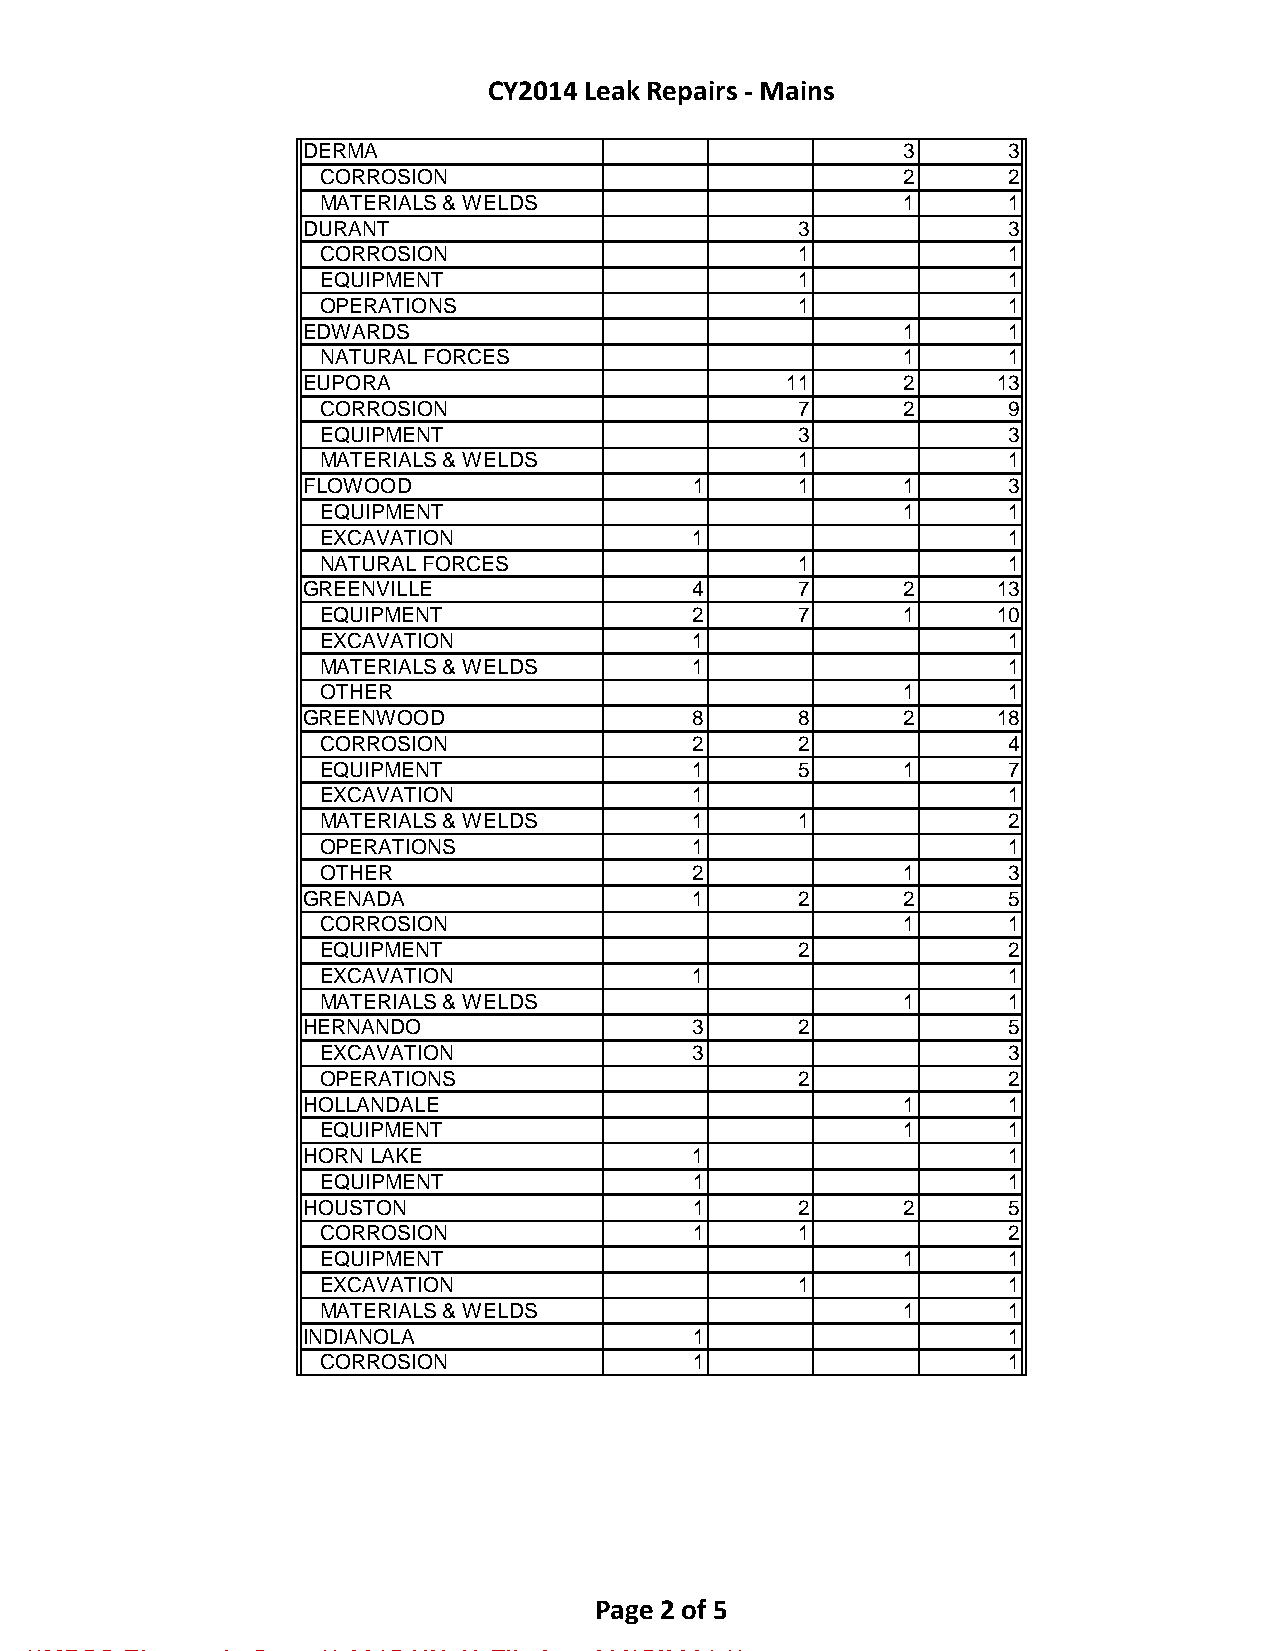
CY2014 Leak Repairs - Mains
 DERMA                                  3      3
 CORROSION                             2      2
 MATERIALS & WELDS                     1      1
 DURANT                          3             3
 CORROSION                      1             1
 EQUIPMENT                      1             1
 OPERATIONS                     1             1
 EDWARDS                                1      1
 NATURAL FORCES                        1      1
 EUPORA                          11     2      13
 CORROSION                      7      2      9
 EQUIPMENT                      3             3
 MATERIALS & WELDS              1             1
 FLOWOOD                  1      1      1      3
 EQUIPMENT                             1      1
 EXCAVATION              1                    1
 NATURAL FORCES                 1             1
 GREENVILLE               4      7      2      13
 EQUIPMENT               2      7      1      10
 EXCAVATION              1                    1
 MATERIALS & WELDS       1                    1
 OTHER                                 1      1
 GREENWOOD                8      8      2      18
 CORROSION               2      2             4
 EQUIPMENT               1      5      1      7
 EXCAVATION              1                    1
 MATERIALS & WELDS       1      1             2
 OPERATIONS              1                    1
 OTHER                   2             1      3
 GRENADA                  1      2      2      5
 CORROSION                             1      1
 EQUIPMENT                      2             2
 EXCAVATION              1                    1
 MATERIALS & WELDS                     1      1
 HERNANDO                 3      2             5
 EXCAVATION              3                    3
 OPERATIONS                     2             2
 HOLLANDALE                             1      1
 EQUIPMENT                             1      1
 HORN LAKE                1                    1
 EQUIPMENT                1                   1
 HOUSTON                   1     2      2      5
 CORROSION                1     1             2
 EQUIPMENT                             1      1
 EXCAVATION                     1             1
 MATERIALS & WELDS                     1      1
 INDIANOLA                1                    1
 CORROSION                1                   1
 Page 2 of 5
 **MPSC Electronic Copy ** 2015-UN-49 Filed on 03/15/2021 **